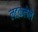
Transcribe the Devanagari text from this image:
लटकलेले